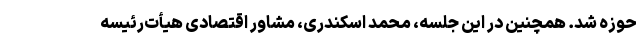
حوزه شد. همچنين در اين جلسه، محمد اسكندری، مشاور اقتصادی هيأت‌رئيسه